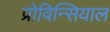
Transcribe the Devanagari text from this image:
प्रोविन्सियाल